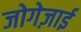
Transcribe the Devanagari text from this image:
जोगेज़ाई